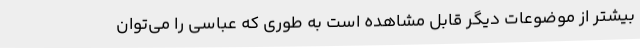
بیشتر از موضوعات دیگر قابل مشاهده است به طوری که عباسی را می‌توان